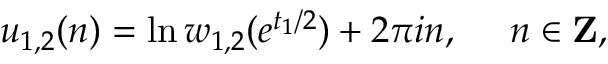
u _ { 1 , 2 } ( n ) = \ln w _ { 1 , 2 } ( e ^ { t _ { 1 } / 2 } ) + 2 \pi i n , ~ ~ ~ ~ n \in { \bf Z } ,